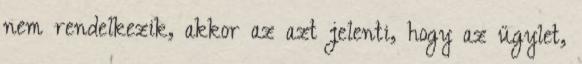
nem rendelkezik, akkor az azt jelenti, hogy az ügylet,